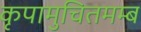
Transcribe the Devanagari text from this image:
कृपामुचितमम्ब